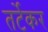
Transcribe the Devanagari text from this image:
तर्टेकर